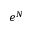
e ^ { N }